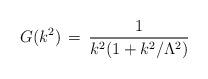
LaTeX: \begin{align*}G(k^2)\,=\,\frac{1}{k^2(1+k^2/ \Lambda^2)}\end{align*}